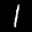
Label: 1